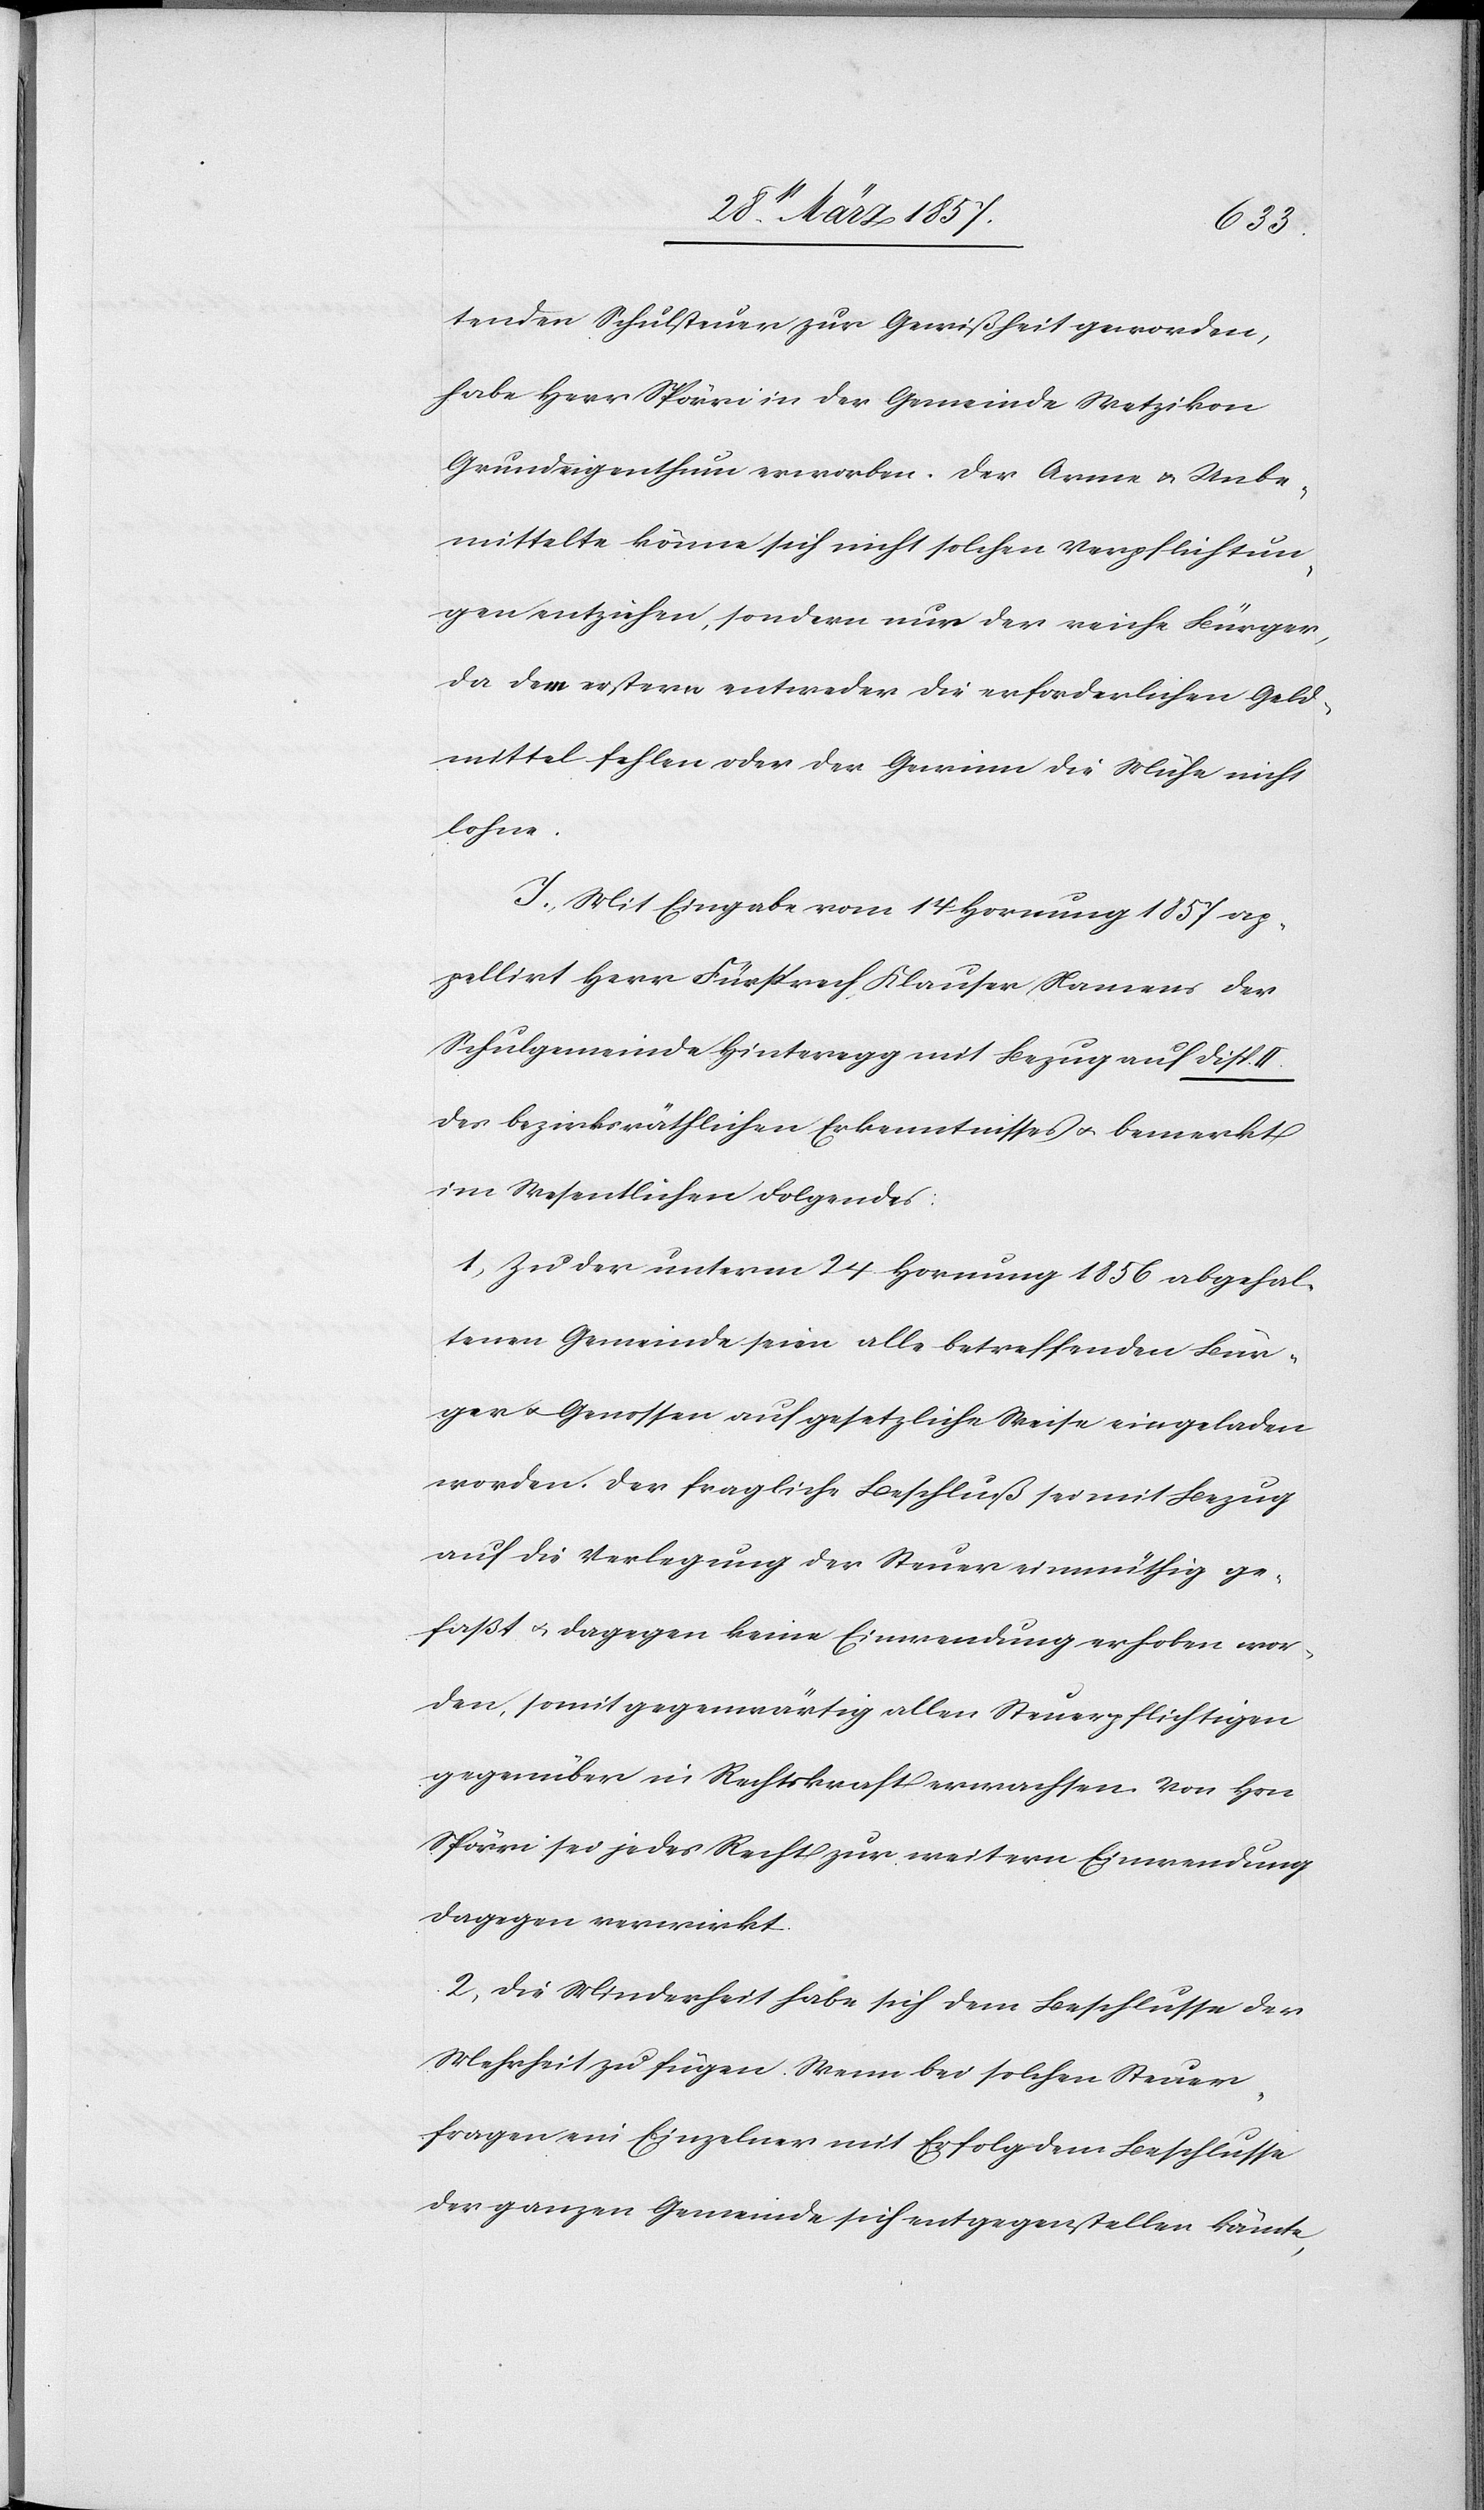
tenden Schulsteuer zur Gewißheit geworden,
habe Herr Spörri in der Gemeinde Wetzikon
Grundeigenthum erworben. Der Arme u. Unbe¬
mittelte könne sich nicht solchen Verpflichtun¬
gen entziehen, sondern nur der reiche Bürger,
da dem erstern entweder die erforderlichen Geld¬
mittel fehlen oder der Gewinn die Mühe nicht
lohne.
J. Mit Eingabe vom 14 Hornung 1857 ap¬
pellirt Herr Fürsprech Klauser Namens der
Schulgemeinde Hinteregg mit Bezug auf Disp.
des bezirksräthlichen Erkenntnisses u. bemerkt
im Wesentlichen Folgendes:
1. Zu der unterm 24 Hornung 1856 abgehal¬
tenen Gemeinde seien alle betreffenden Bür¬
ger u. Genossen auf gesetzliche Weise eingeladen
worden. Der fragliche Beschluß sei mit Bezug
auf die Verlegung der Steuer einmüthig ge¬
faßt u. dagegen keine Einwendung erhoben wor¬
den, somit gegenwärtig allen Steuerpflichtigen
gegenüber in Rechtskraft erwachsen. Von Hrn
Spörri sei jedes Recht zur weitern Einwendung
dagegen verwirkt.
2. Die Minderheit habe sich dem Beschlusse der
Mehrheit zu fügen. Wenn bei solchen Steuer¬
fragen ein Einzelner mit Erfolg dem Beschlusse
der ganzen Gemeinde sich entgegenstellen könnte,